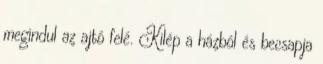
megindul az ajtó felé. Kilép a házból és becsapja